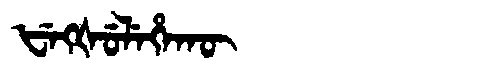
Manchu: ᡶᡝᡴᡧᡠᠯᡝᡥᠠᡴᡡ
Romanization: FEKŠULEHAKŪ